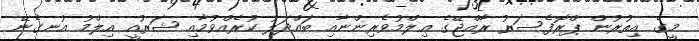
މީގެ އިތުރުން ޕްރޮފެސަރު ރާއްޖޭގެ ޢިލްމުވެރިންނާއި ބައްދަލު ކުރެއްވުމާއި ޝަރުއީ އިލްމު އުނގެނޭ